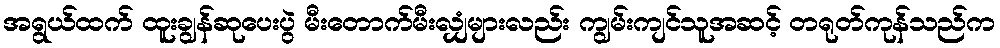
အရွယ်ထက် ထူးချွန်ဆုပေးပွဲ မီးတောက်မီးလျှံများလည်း ကျွမ်းကျင်သူအဆင့် တရုတ်ကုန်သည်က